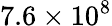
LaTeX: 7.6\times 10^{8}